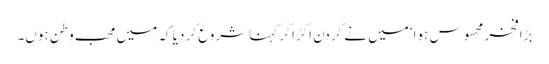
بڑا فخر محسوس ہوا‘ میں نے گردن اکڑا کر کہنا شروع کر دیا کہ میں محب وطن ہوں۔